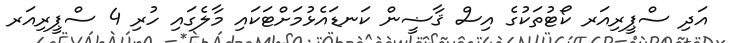
އަދި ސްޕީރިއަރ ކޯޓުތަކުގެ އިސް ޤާޟީން ކަނޑައެޅުމަށްޓަކައި މާލެގައި ހުރި 4 ސްޕީރިއަރ